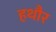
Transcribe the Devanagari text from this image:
हथौर